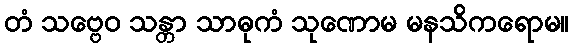
တံ သဗ္ဗေဝ သန္တာ သာဓုကံ သုဏောမ မနသိကရောမ။